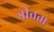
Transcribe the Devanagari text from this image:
त्रीवता